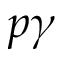
p \gamma